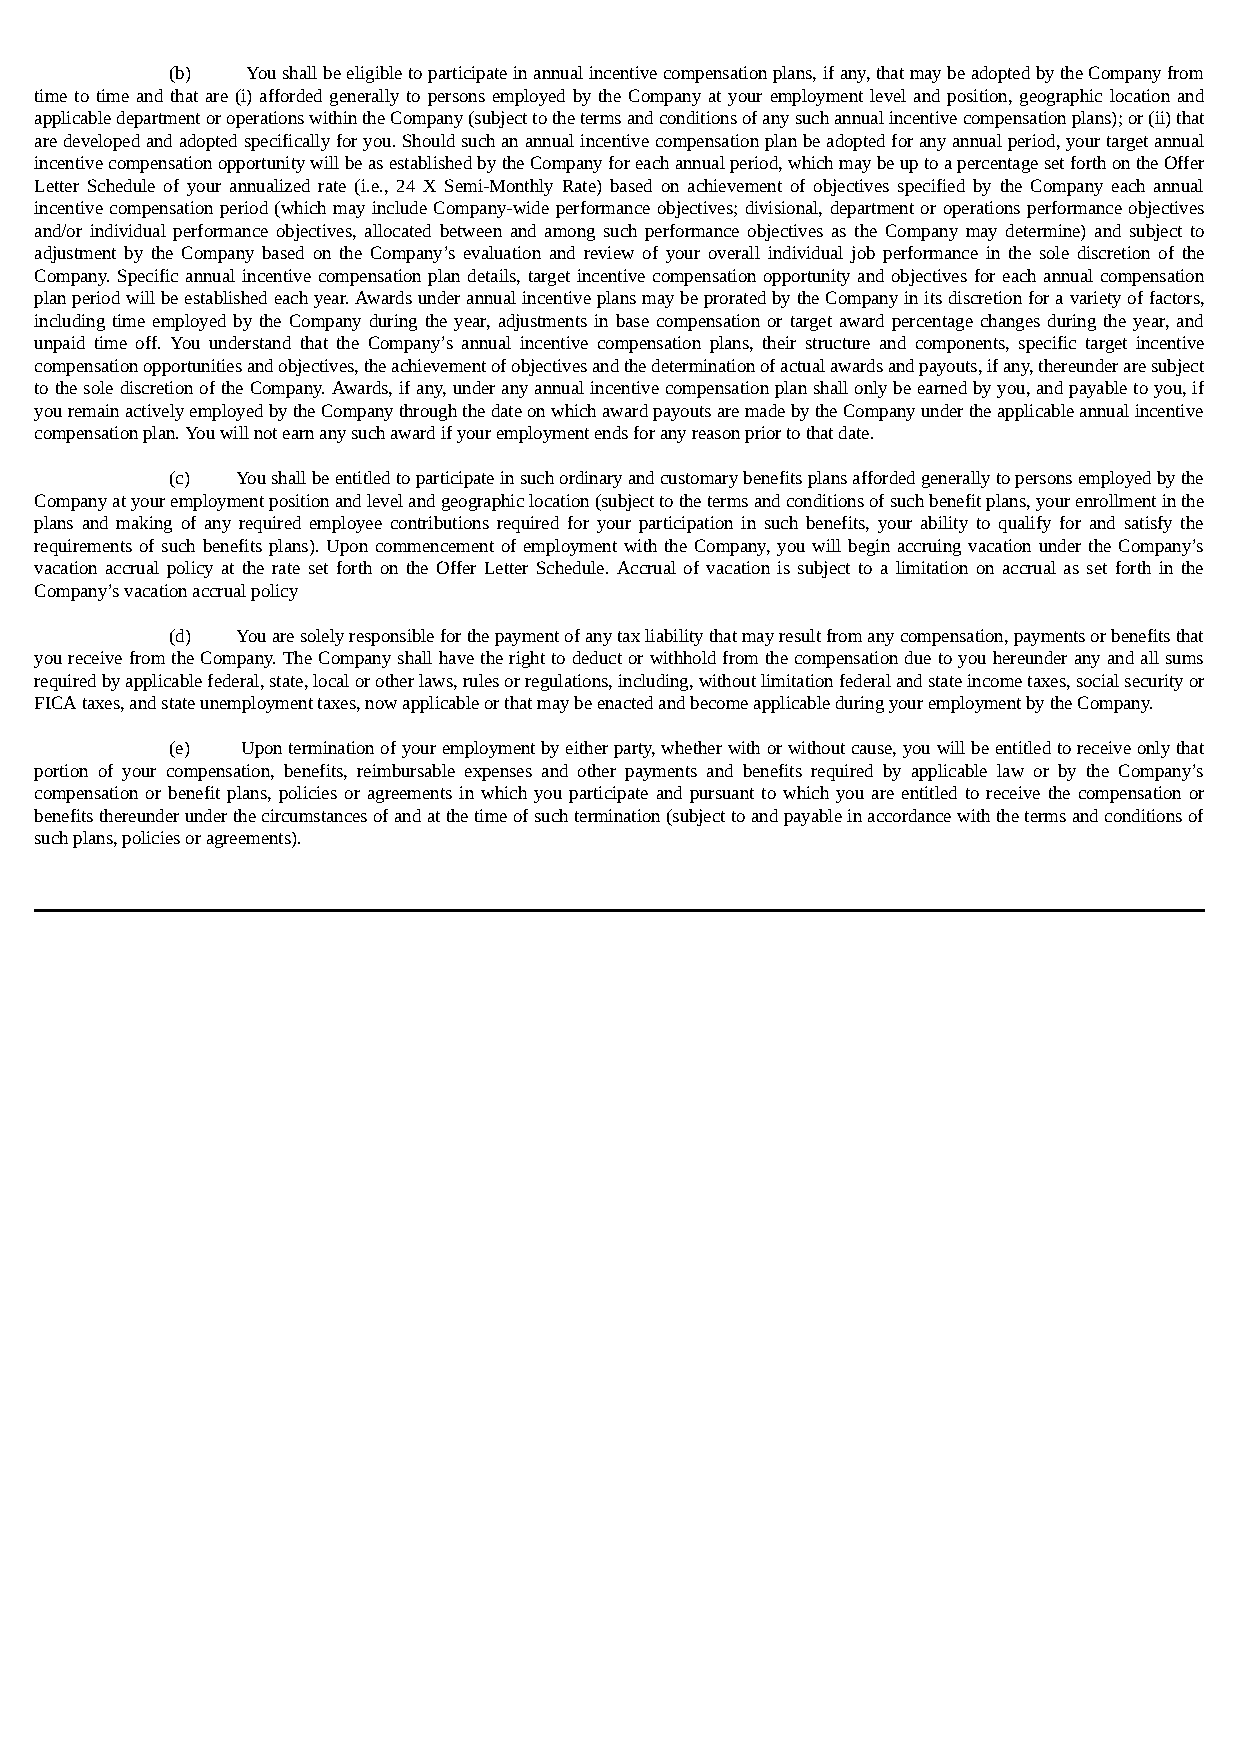
(b)  You shall be eligible to participate in annual incentive compensation plans, if any, that may be adopted by the Company from
 time to time and that are (i) afforded generally to persons employed by the Company at your employment level and position, geographic location and
 applicable department or operations within the Company (subject to the terms and conditions of any such annual incentive compensation plans); or (ii) that
 are developed and adopted specifically for you. Should such an annual incentive compensation plan be adopted for any annual period, your target annual
 incentive compensation opportunity will be as established by the Company for each annual period, which may be up to a percentage set forth on the Offer
 Letter Schedule of your annualized rate (i.e., 24 X Semi-Monthly Rate) based on achievement of objectives specified by the Company each annual
 incentive compensation period (which may include Company-wide performance objectives; divisional, department or operations performance objectives
 and/or individual performance objectives, allocated between and among such performance objectives as the Company may determine) and subject to
 adjustment by the Company based on the Company’s evaluation and review of your overall individual job performance in the sole discretion of the
 Company. Specific annual incentive compensation plan details, target incentive compensation opportunity and objectives for each annual compensation
 plan period will be established each year. Awards under annual incentive plans may be prorated by the Company in its discretion for a variety of factors,
 including time employed by the Company during the year, adjustments in base compensation or target award percentage changes during the year, and
 unpaid time off. You understand that the Company’s annual incentive compensation plans, their structure and components, specific target incentive
 compensation opportunities and objectives, the achievement of objectives and the determination of actual awards and payouts, if any, thereunder are subject
 to the sole discretion of the Company. Awards, if any, under any annual incentive compensation plan shall only be earned by you, and payable to you, if
 you remain actively employed by the Company through the date on which award payouts are made by the Company under the applicable annual incentive
 compensation plan. You will not earn any such award if your employment ends for any reason prior to that date.
 (c)  You shall be entitled to participate in such ordinary and customary benefits plans afforded generally to persons employed by the
 Company at your employment position and level and geographic location (subject to the terms and conditions of such benefit plans, your enrollment in the
 plans and making of any required employee contributions required for your participation in such benefits, your ability to qualify for and satisfy the
 requirements of such benefits plans). Upon commencement of employment with the Company, you will begin accruing vacation under the Company’s
 vacation accrual policy at the rate set forth on the Offer Letter Schedule. Accrual of vacation is subject to a limitation on accrual as set forth in the
 Company’s vacation accrual policy
 (d)  You are solely responsible for the payment of any tax liability that may result from any compensation, payments or benefits that
 you receive from the Company. The Company shall have the right to deduct or withhold from the compensation due to you hereunder any and all sums
 required by applicable federal, state, local or other laws, rules or regulations, including, without limitation federal and state income taxes, social security or
 FICA taxes, and state unemployment taxes, now applicable or that may be enacted and become applicable during your employment by the Company.
 (e)  Upon termination of your employment by either party, whether with or without cause, you will be entitled to receive only that
 portion of your compensation, benefits, reimbursable expenses and other payments and benefits required by applicable law or by the Company’s
 compensation or benefit plans, policies or agreements in which you participate and pursuant to which you are entitled to receive the compensation or
 benefits thereunder under the circumstances of and at the time of such termination (subject to and payable in accordance with the terms and conditions of
 such plans, policies or agreements).